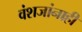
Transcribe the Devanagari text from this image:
वंशजांनाही